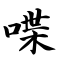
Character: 喋